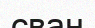
сван